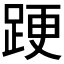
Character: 𨁈